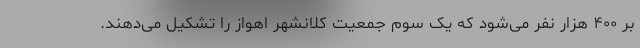
بر ۴۰۰ هزار نفر می‌شود که یک سوم جمعیت کلانشهر اهواز را تشکیل می‌دهند.